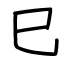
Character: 巳